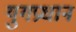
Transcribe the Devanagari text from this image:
युगप्रधान